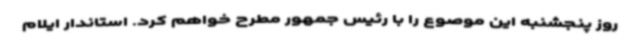
روز پنجشنبه این موصوع را با رئیس جمهور مطرح خواهم کرد. استاندار ایلام